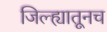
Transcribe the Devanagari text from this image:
जिल्ह्यातूनच